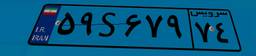
۵۹S۶۷۹۷۴